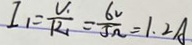
I _ { 1 } = \frac { U _ { 1 } } { R _ { 1 } } = \frac { 6 V } { 5 \Omega } = 1 . 2 A